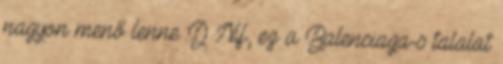
nagyon menő lenne :D Nif, ez a Balenciaga-s talalat